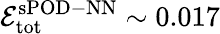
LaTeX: \mathcal{E}_{\mathrm{{tot}}}^{\mathrm{{sPOD-NN}}}\sim0.017